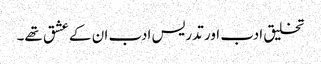
تخلیق ادب اور تدریس ادب ان کے عشق تھے۔